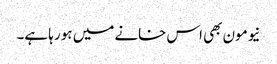
نیومون بھی اس خانے میں ہو رہا ہے۔